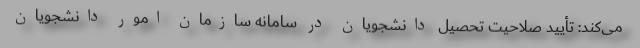
می‌کند: تأیید صلاحیت تحصیل دانشجویان در سامانه سازمان امور دانشجویان